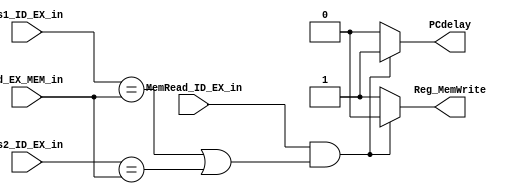
module Bubble (
    input MemRead_ID_EX_in,
    input [4:0] rs1_ID_EX_in,
    input [4:0] rs2_ID_EX_in,
    input [4:0] rd_EX_MEM_in,
    output reg PCdelay,
    output reg Reg_MemWrite
    
);
    reg PCdelay_temp;
    reg Reg_MemWrite_temp;
    initial begin
        PCdelay_temp = 1'b0;
        Reg_MemWrite_temp= 1'b1;
    end
    always @(*) begin
        if(MemRead_ID_EX_in && (rs1_ID_EX_in == rd_EX_MEM_in || rs2_ID_EX_in == rd_EX_MEM_in))
            begin
                PCdelay_temp = 1'b1;
                Reg_MemWrite_temp = 1'b0;
            end
        else
            begin
                PCdelay_temp = 1'b0;
                Reg_MemWrite_temp = 1'b1;
            end
        PCdelay = PCdelay_temp;
        Reg_MemWrite = Reg_MemWrite_temp;
    end
endmodule